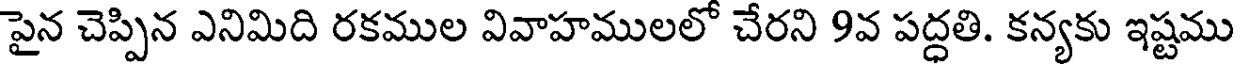
పైన చెప్పిన ఎనిమిది రకముల వివాహములలో చేరని 9వ పద్ధతి. కన్యకు ఇష్టము